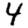
Digit: 4